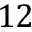
1 2